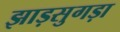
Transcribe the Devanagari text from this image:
झाड़सुगड़ा